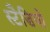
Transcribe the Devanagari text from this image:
स्टैडियो